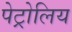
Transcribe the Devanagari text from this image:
पेट्रोलिय